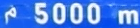
5000~m